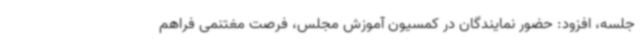
جلسه، افزود: حضور نمایندگان در کمسیون آموزش مجلس، فرصت مغتنمی فراهم